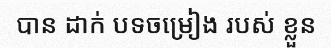
បាន ដាក់ បទចម្រៀង របស់ ខ្លួន